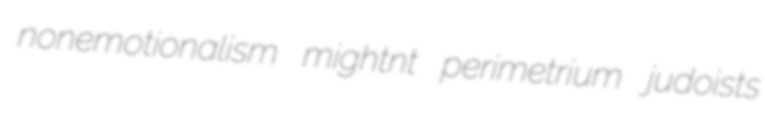
nonemotionalism mightnt perimetrium judoists